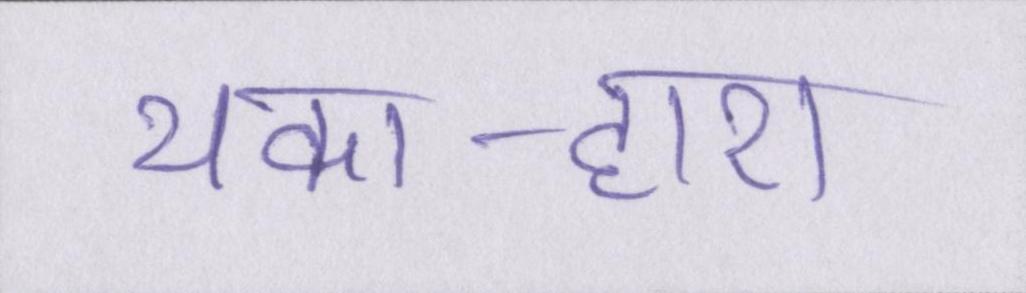
थका-हारा